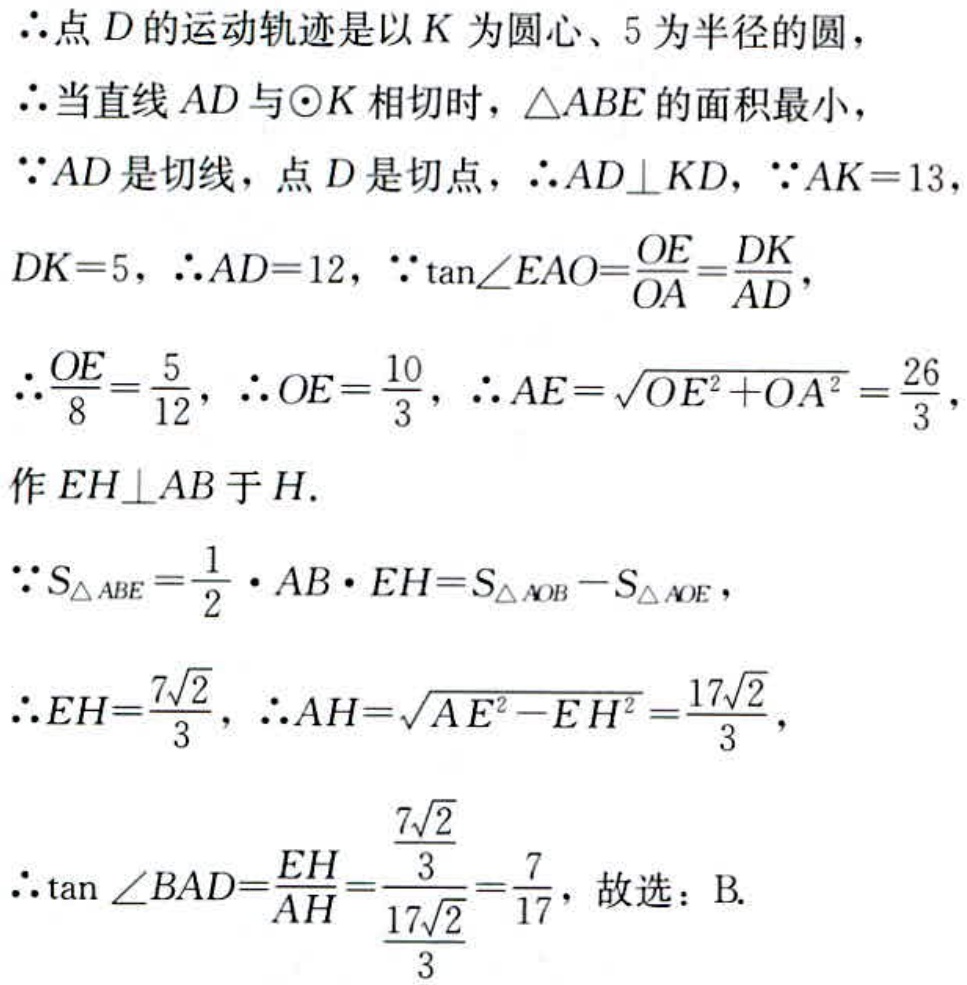
$\therefore$点$D$的运动轨迹是以$K$为圆心、$5$为半径的圆，
$\therefore$当直线$AD$与$\odot K$相切时，$\triangle ABE$的面积最小，
$\because AD$是切线，点$D$是切点，$\therefore AD\perp KD$，$\because AK = 13$，
$DK = 5$，$\therefore AD = 12$，$\because\tan\angle EAO=\frac{OE}{OA}=\frac{DK}{AD}$，
$\therefore\frac{OE}{8}=\frac{5}{12}$，$\therefore OE=\frac{10}{3}$，$\therefore AE=\sqrt{OE^{2}+OA^{2}}=\frac{26}{3}$，
作$EH\perp AB$于$H$.
$\because S_{\triangle ABE}=\frac{1}{2}\cdot AB\cdot EH = S_{\triangle AOB}-S_{\triangle AOE}$，
$\therefore EH=\frac{7\sqrt{2}}{3}$，$\therefore AH=\sqrt{AE^{2}-EH^{2}}=\frac{17\sqrt{2}}{3}$，
$\therefore\tan\angle BAD=\frac{EH}{AH}=\frac{\frac{7\sqrt{2}}{3}}{\frac{17\sqrt{2}}{3}}=\frac{7}{17}$，故选：B.